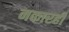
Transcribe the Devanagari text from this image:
नकारही